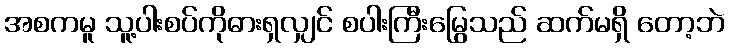
အစကမူ သူ့ပါးစပ်ကိုဓားရှလျှင် စပါးကြီးမြွေသည် ဆက်မရှိ တော့ဘဲ